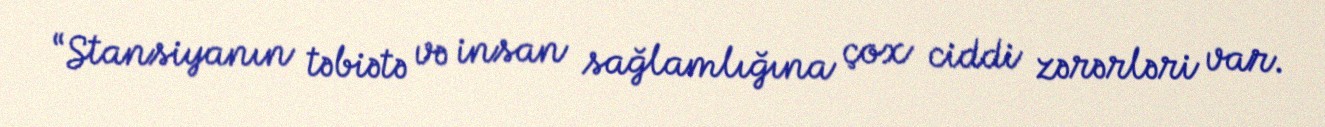
“Stansiyanın təbiətə və insan sağlamlığına çox ciddi zərərləri var.